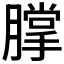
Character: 𰯗